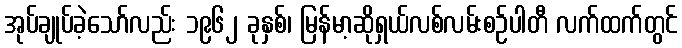
အုပ်ချုပ်ခဲ့သော်လည်း ၁၉၆၂ ခုနှစ်၊ မြန်မာ့ဆိုရှယ်လစ်လမ်းစဉ်ပါတီ လက်ထက်တွင်